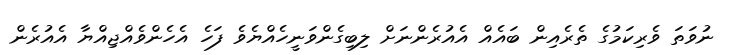
ނުވަތަ ވެރިކަމުގެ ތެރެއިން ބައެއް އެއުރެންނަށް ލިބިގެންވަނީހެއްޔެވެ ފަހެ އެހެންވެއްޖިއްޔާ އެއުރެން